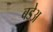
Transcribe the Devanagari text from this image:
बडेअ